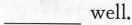
___well.